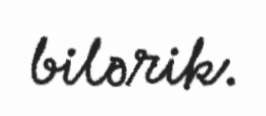
bilərik.